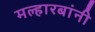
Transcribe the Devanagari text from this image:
मल्हारबांनी